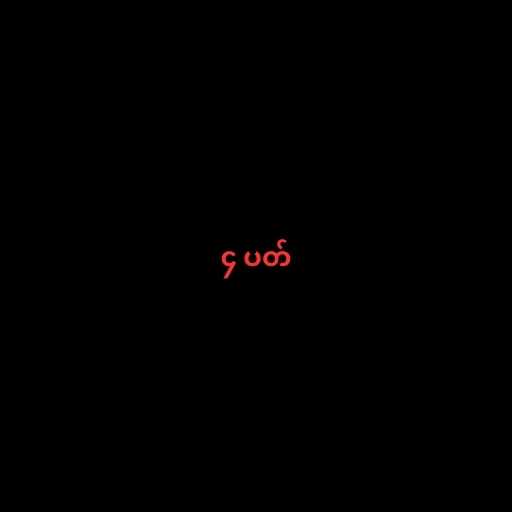
၄ ပတ်